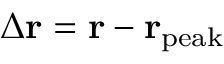
\Delta { \bf r } = { \bf r } - { \bf r } _ { \mathrm { p e a k } }